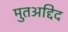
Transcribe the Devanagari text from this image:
मुतअद्दिद